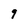
Character: 9